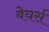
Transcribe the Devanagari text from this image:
बेयर्स